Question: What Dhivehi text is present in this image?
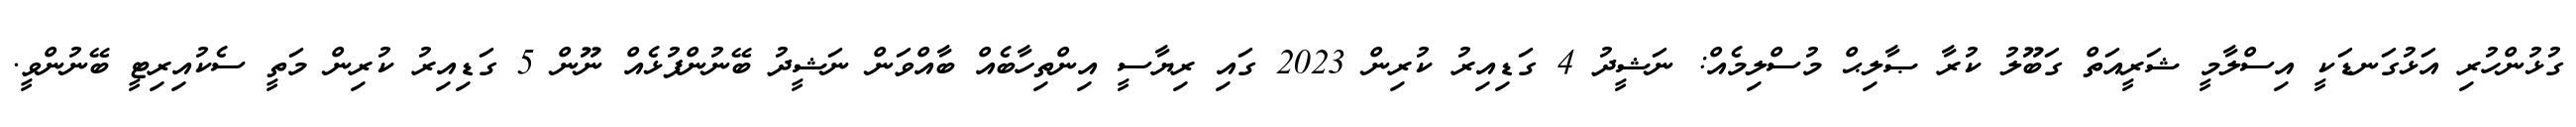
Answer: ގުޅުންހުރި އަޅުގަނޑަކީ އިސްލާމީ ޝަރީއަތް ގަބޫލު ކުރާ ޞާލިޙް މުސްލިމެއް: ނަޝީދު 4 ގަޑިއިރު ކުރިން 2023 ގައި ރިޔާސީ އިންތިހާބެއް ބާއްވަން ނަޝީދު ބޭނުންފުޅެއް ނޫން 5 ގަޑިއިރު ކުރިން މަތީ ސެކުއިރިޓީ ބޭނުންވީ.